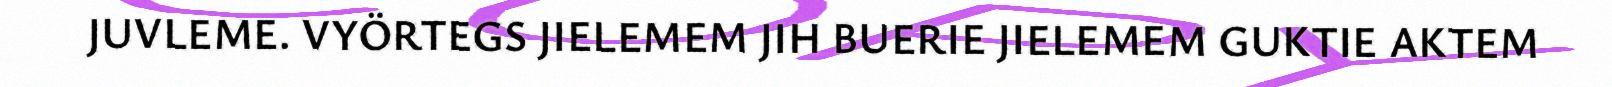
JUVLEME. VYÖRTEGS JIELEMEM JIH BUERIE JIELEMEM GUKTIE AKTEM